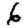
Digit: 6